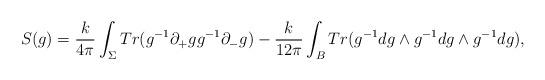
LaTeX: \begin{align*}S(g)=\frac{k}{4\pi}\int_\Sigma Tr(g^{-1}\partial_+gg^{-1}\partial_-g)-\frac{k}{12\pi}\int_B Tr(g^{-1}dg\wedge g^{-1}dg\wedge g^{-1}dg),\end{align*}